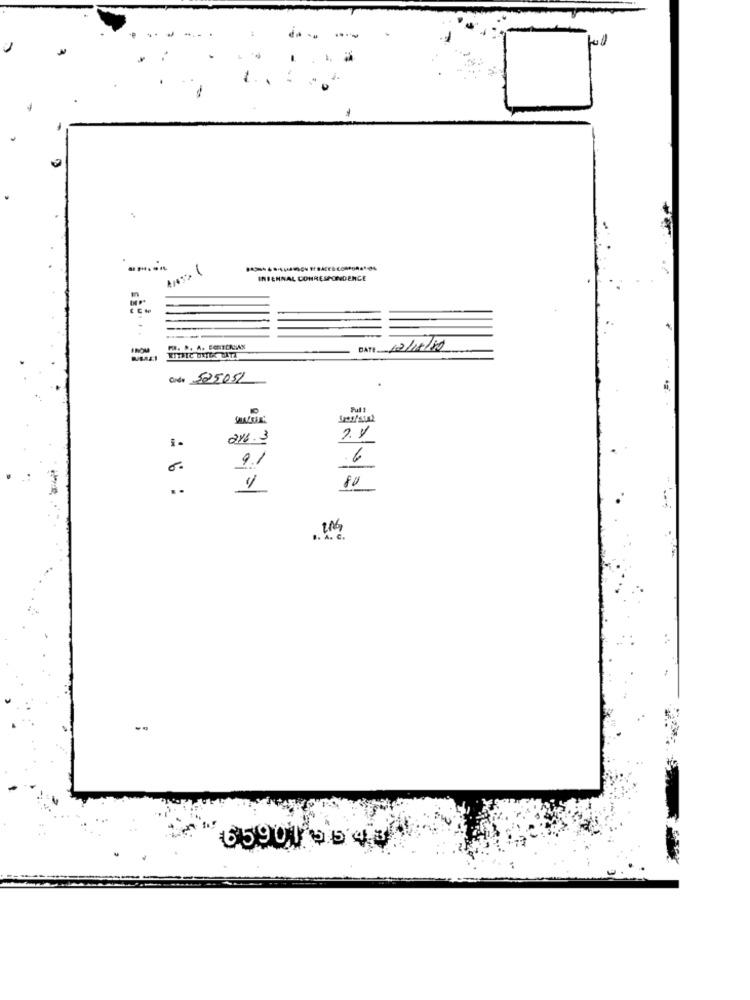
INIEHNAL CORRESPONDENCE
INOM
DATI 12/18/19
Code 525051
Ful 1
216.3
91
6
6.
..
80
.. A. e.
659010543